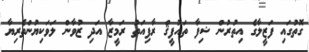
ގޮތުގައި ފަޒީލާގެ އިތުރުން ޝިފާ ތައުފީޤް ރާފިއަތު ރަމީޒާ އަދި ޒުވާން ލަވަކިޔުންތެރިޔާ